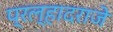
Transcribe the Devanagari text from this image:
प्रल्हादराजे